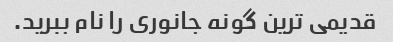
قدیمی ترین گونه جانوری را نام ببرید.